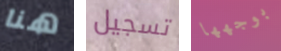
هنا تسجيل بوجهها